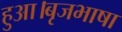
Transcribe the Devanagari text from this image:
हुआ।बृजभाषा